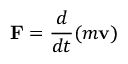
\mathbf { F } = { \frac { d } { d t } } ( m \mathbf { v } )